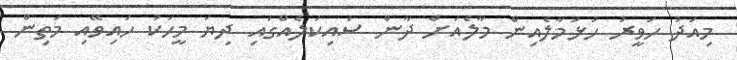
މިއަދު ހަވީރު ހުޅުމާލެއިން މާލެއަށް ދާން ސައިކަލެއްގައި ދިޔަ މީހަކު ހައިވޭއި މަތިން